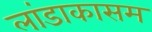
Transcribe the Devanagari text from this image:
लांडाकासम